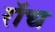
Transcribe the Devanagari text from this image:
रॉच